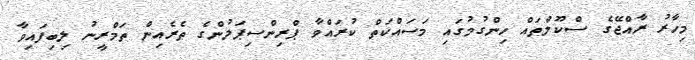
މިހާރު ރާއްޖޭގެ ސްކޫލްތައް ހިންގުމުގައި މަސައްކަތް ކުރައްވާ ޕްރިންސިޕަލުންގެ ތެރެއިން ތަމްރީނު ލިބިފައިވާ